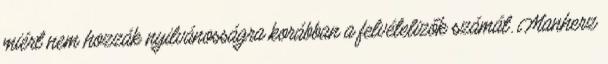
miért nem hozzák nyilvánosságra korábban a felvételizők számát. Manherz